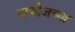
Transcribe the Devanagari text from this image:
नाणीजच्या